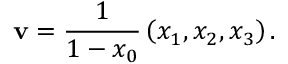
\mathbf { v } = { \frac { 1 } { 1 - x _ { 0 } } } \left( x _ { 1 } , x _ { 2 } , x _ { 3 } \right) .